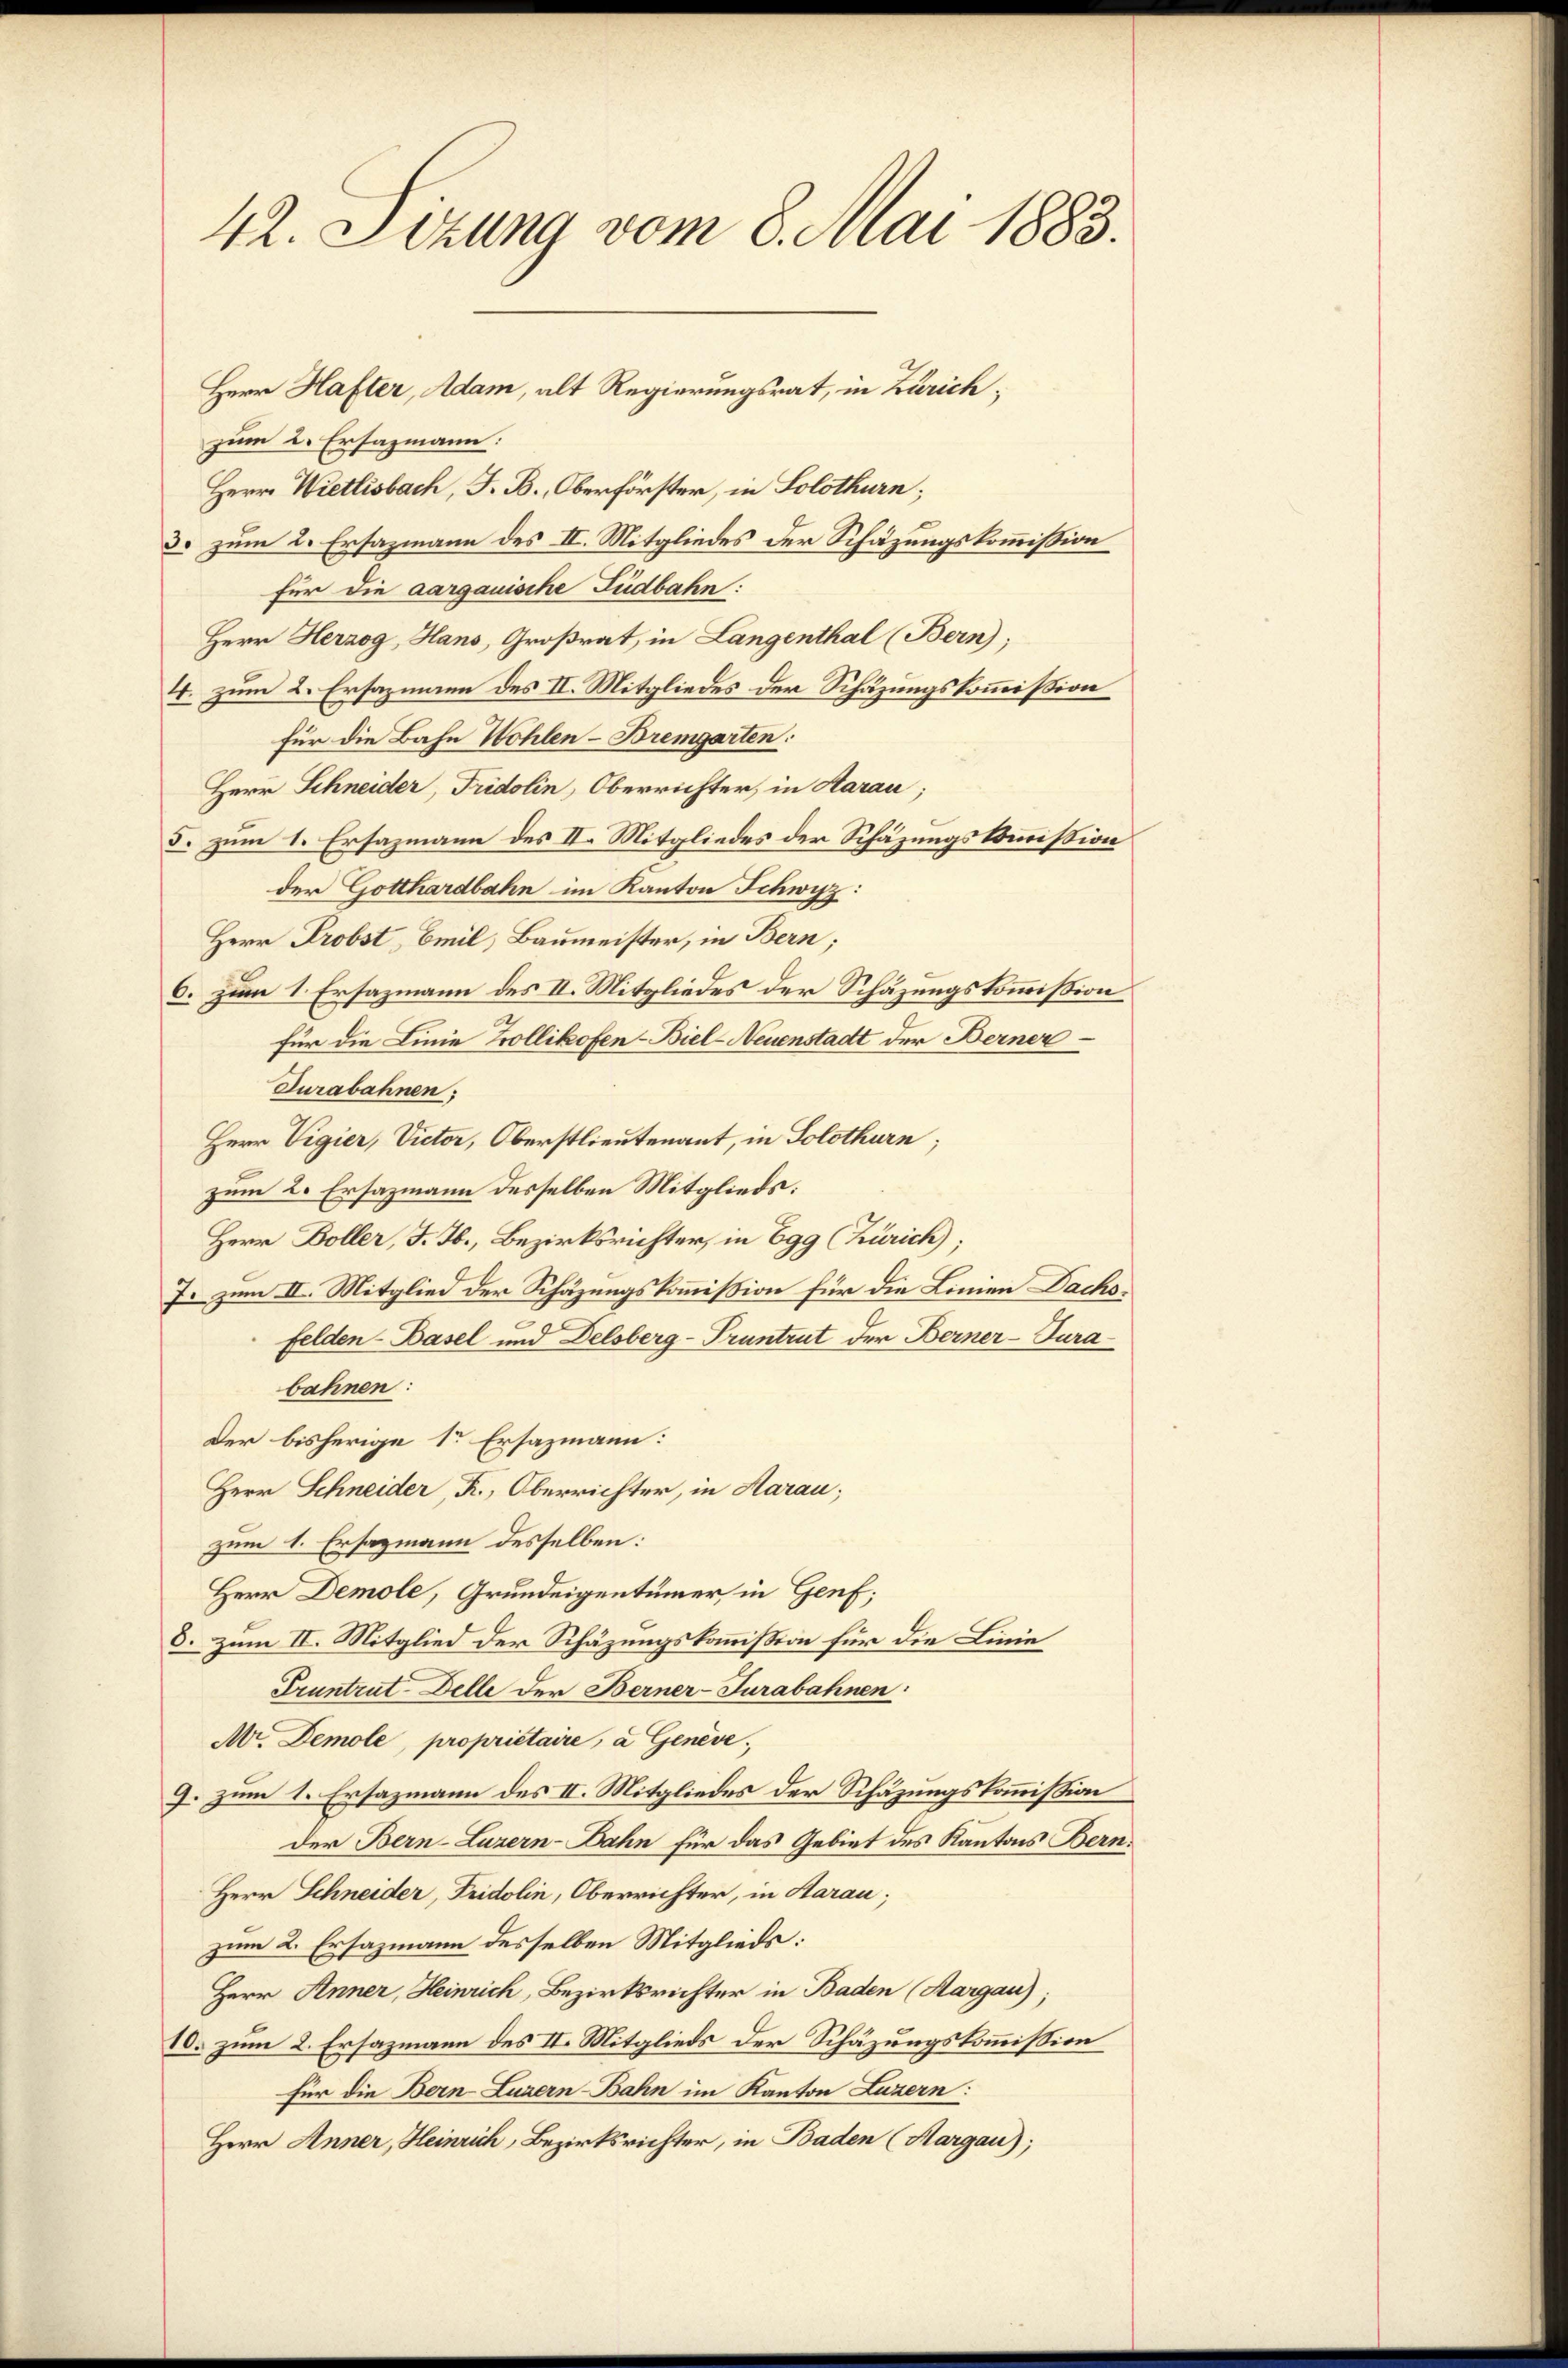
42. Sizung vom 8. Mai 1883.

zum 2. Ersazmann:
Herr Wietlisbach, F. B., Oberförster, in Solothurn;
3. zum 2. Ersazmann des II. Mitgliedes der Schazungskommission
für die aargauische Fudbahn:
Herr Herzog, Hans, Großrat, in Langenthal (Bern);
4. zum 2. Ersazmann des II. Mitgliedes der Schazungskommission
für die Bahn Wohlen-Bremgarten:
Herr Schneider, Fridolin, Oberrichter, in Aarau;
5. zum 1. Ersazmann des II. Mitgliedes der Schäzungskommission
der Gotthardbahn im Kanton Schwyz:
Herr Probst, Emil, Baumeister, in Bern;
6. zum 1. Ersazmann des II. Mitgliedes der Schäzungskommission
für die Linie Trollikofen-Biel-Neuenstadt der Berner
Turabahnen;
Herr Vigier, Victor, Oberstlieutenant, in Solothurn,
zum 2. Ersazmann desselben Mitglieds:
Herr Boller, J. J., Bezirksrichter, in Egg (Zürich;
J. zum II. Mitglied der Schäzungskommission für die Linien Dachsfelden-Basel und Delsberg-Pruntrut der Berner-Turabahnen:
Der bisherige 1 Ersazmann:
Herr Schneider, K., Oberrichter, in Aarau;
zum 1. Ersazmann desselben:
Herr Demole, Grundeigentümer in Genf;
8. zum II. Mitglied der Schäzungskommission für die Linie
Pruntrut-Delle der Berner-Turabahnen:
Nr. Demole, propriétaire, a Genève,
9. zum 1. Ersazmann des II. Mitgliedes der Schäzungskommission
der Bern-Luzern-Dahn für das Gebiet des Kantons Bern.
Herr Schneider, Fridolin, Oberrichter, in Aarau;
zum 2. Ersazmann desselben Mitglieds:
Herr Anner, Heinrich, Bezirksrichter in Baden (Aargau);
10. zum 2. Ersazmann des II. Mitglieds der Schäzungskommission
für die Bern-Luzern-Bahn im Kanton Luzern:
Herr Anner, Heinrich, Bezirksrichter, in Baden (Margau);

Herr Hafter, Adam, alt Regierungsrat, in Zürich¬